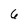
Character: 6